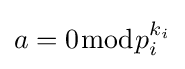
a=0{\bmod {p}}_{i}^{k_{i}}